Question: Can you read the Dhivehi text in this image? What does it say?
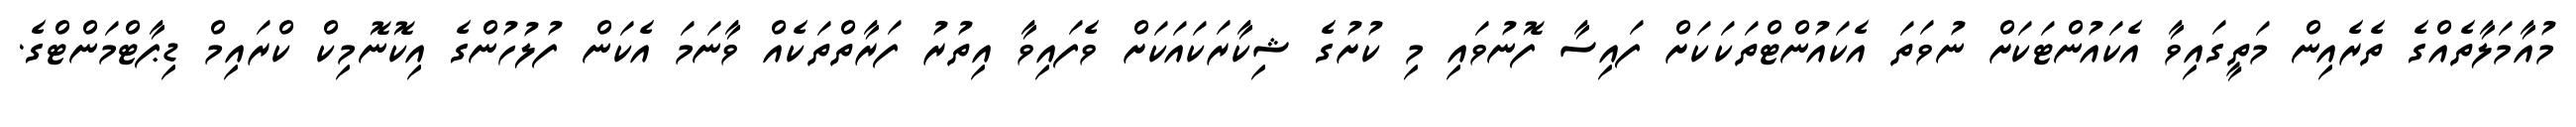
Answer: މުއާމަލާތެއްގެ ތެރެއިން މަތީގައިވާ އެކައުންޓަކަށް ނުވަތަ އެކައުންޓްތަކަކަށް ފައިސާ ފޮނުވައި މި ކުށުގެ ޝިކާރަކައަކަށް ވެފައިވާ އިތުރު ފަރާތްތަކެއް ވާނަމަ އެކަން ފުލުހުންގެ އިކޮނޮމިކް ކްރައިމް ޑިޕާޓްމަންޓްގެ.